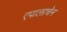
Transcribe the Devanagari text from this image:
एपालाचेन